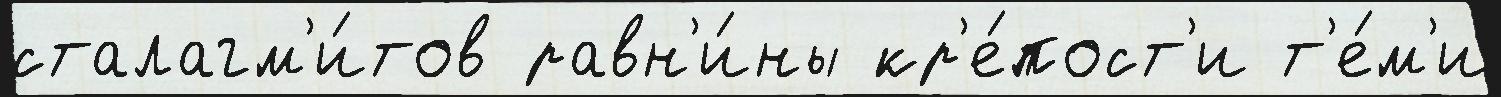
сталагм'и́тов равн'и́ны кр'е́пост'и т'е́м'и